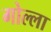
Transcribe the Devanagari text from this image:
गोल्ला